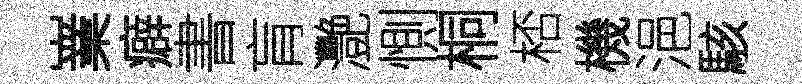
嶪癖書肓灧惻桐桮機浥駭